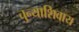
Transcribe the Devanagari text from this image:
चुन्याशिवाय